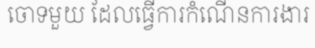
ចោទមួយ ដែលធ្វើការកំណើនការងារ